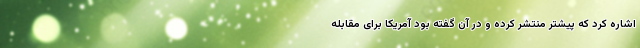
اشاره کرد که پیشتر منتشر کرده و در آن گفته بود آمریکا برای مقابله